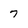
Character: 7